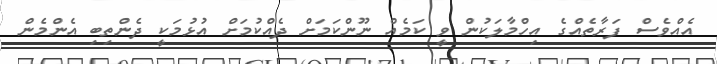
އެއްވެސް ފަރާތެއްގެ އިހްމާލަކުން ވީ ކަމެއް ނޫންކަމަށް ދެއްކުމަށް އުޅުމަކީ ދެންތިބި އެންމެން